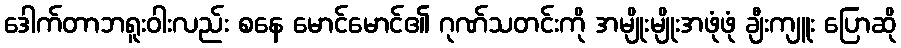
ဒေါက်တာဘရူးဝါးလည်း စနေ မောင်မောင်၏ ဂုဏ်သတင်းကို အမျိုးမျိုးအဖုံဖုံ ချီးကျူး ပြောဆို